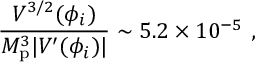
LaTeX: \frac { V ^ { 3 / 2 } ( \phi _ { i } ) } { M _ { \mathrm { p } } ^ { 3 } | V ^ { \prime } ( \phi _ { i } ) | } \sim 5 . 2 \times 1 0 ^ { - 5 } \ ,